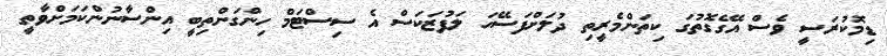
ޑިމޮކުރަސީ ވެސް އޭގެގޮތުގަ ކިތަންމެރީތި ދުލަށްފަސޭހަ ލަފުޒަކަސް އެ ސިސްޓަމް ހިންގަންތިބީ އިންސާނުންކަމަށްވާތީ